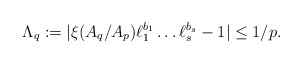
\begin{align*} \Lambda_q := |\xi (A_q / A_p) \ell_{1}^{b_{1}} \ldots \ell_{s}^{b_{s}} - 1| \le 1/p. \end{align*}